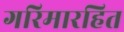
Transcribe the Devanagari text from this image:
गरिमारहित